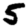
Digit: 5